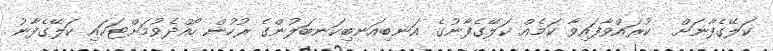
ކަލޭގެފާނަށް  ކުރައްވާފައިވާ ކަމެއް ކަލޭގެފާނުގެ އަނބިއަނބިކަނބަލުންގެ ރުހުން ހޯއްދެވުމަށްޓަކައި ކަލޭގެފާނު